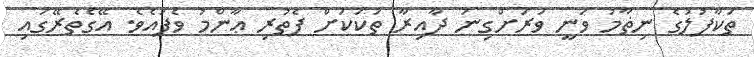
ތަކާފުލުގެ ނިޡާމު ވަނީ ވަރަށްގިނަ ދާއިރާ ތަކަކަށް ފެތުރި ޢާންމު ވެފައެވެ. އޭގެތެރޭގައި